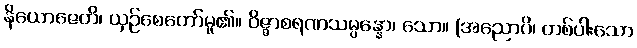
နိယောဇေတိ၊ ယှဉ်စေတော်မူ၏။ ဝိဇ္ဇာစရဏသမ္ပန္နော၊ သော။ (အညောပိ၊ တစ်ပါးသော